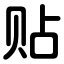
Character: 贴